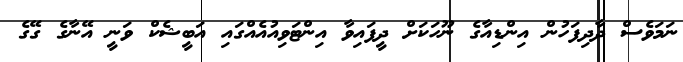
ނަމަވެސް ދާދިފަހުން އިންޑިއާގެ ނޫހަކަށް ދީފައިވާ އިންޓަވިއުއެއްގައި އަބީޝެކް ވަނީ އޭނާގެ ގޭގެ